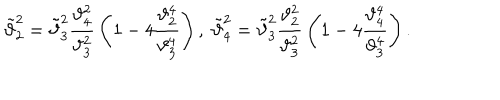
\tilde { \vartheta } _ { 2 } ^ { 2 } = \tilde { \vartheta } _ { 3 } ^ { 2 } { \frac { \vartheta _ { 4 } ^ { 2 } } { \vartheta _ { 3 } ^ { 2 } } } \left( 1 - 4 { \frac { \vartheta _ { 2 } ^ { 4 } } { \vartheta _ { 3 } ^ { 4 } } } \right) , \; \tilde { \vartheta } _ { 4 } ^ { 2 } = \tilde { \vartheta } _ { 3 } ^ { 2 } { \frac { \vartheta _ { 2 } ^ { 2 } } { \vartheta _ { 3 } ^ { 2 } } } \left( 1 - 4 { \frac { \vartheta _ { 4 } ^ { 4 } } { \vartheta _ { 3 } ^ { 4 } } } \right) .